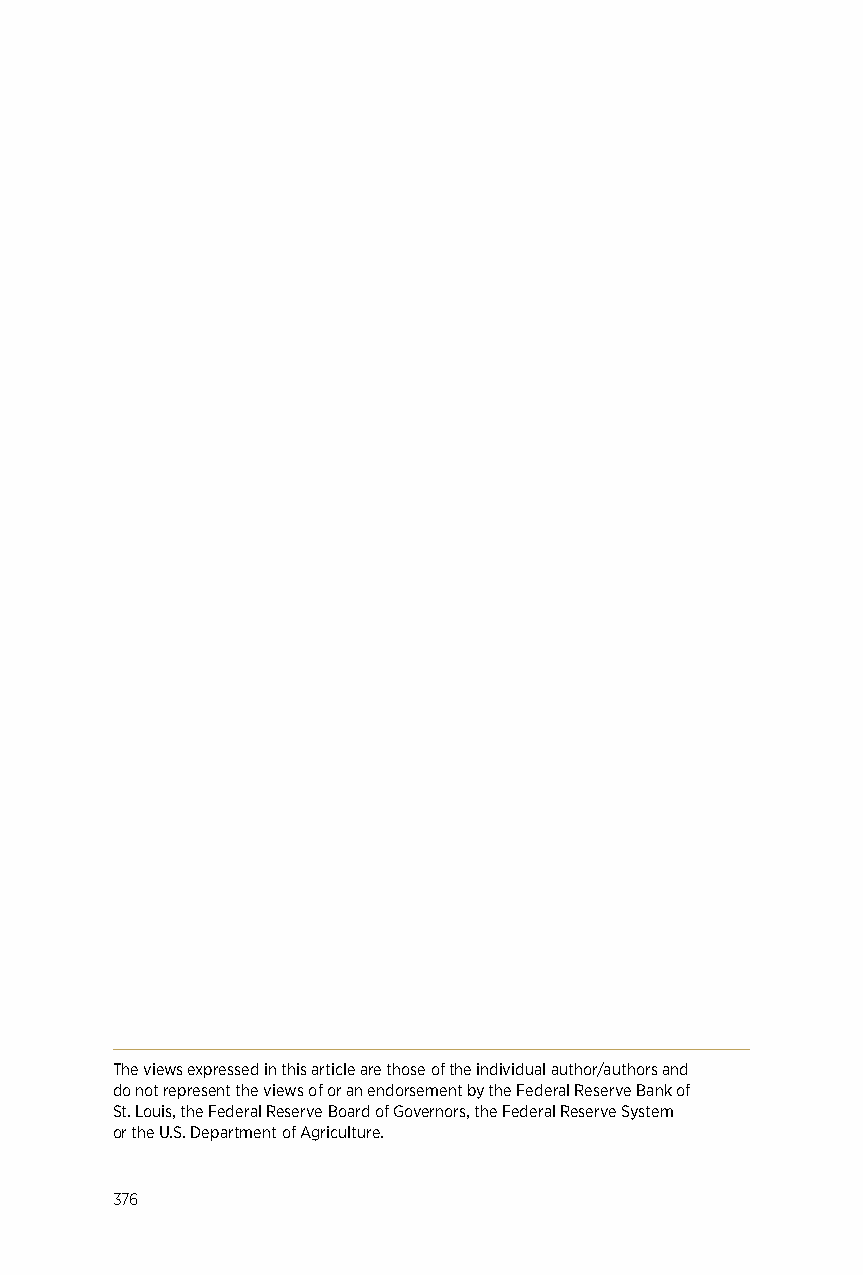
The views expressed in this article are those of the individual author/authors and
 do not represent the views of or an endorsement by the Federal Reserve Bank of
 St. Louis, the Federal Reserve Board of Governors, the Federal Reserve System
 or the U.S. Department of Agriculture.
 376